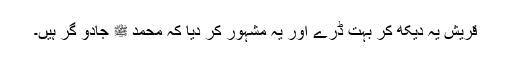
قریش یہ دیکھ کر بہت ڈرے اور یہ مشہور کر دیا کہ محمد ﷺ جادو گر ہیں۔